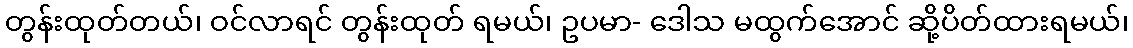
တွန်းထုတ်တယ်၊ ဝင်လာရင် တွန်းထုတ် ရမယ်၊ ဥပမာ- ဒေါသ မထွက်အောင် ဆို့ပိတ်ထားရမယ်၊